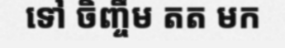
ទៅ ចិញ្ចឹម តត មក